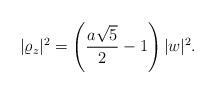
LaTeX: \begin{align*}|\varrho _z|^2 = \left(\frac{a\sqrt{5}}{2}-1\right)|w|^2.\end{align*}